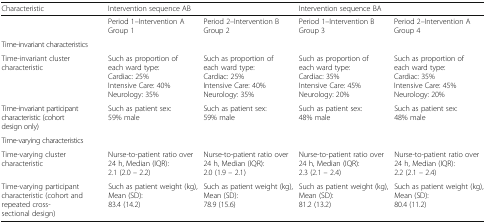
<table><thead><tr><td><b>Characteristic</b></td><td colspan="2"><b>Intervention sequence AB</b></td><td colspan="2"><b>Intervention sequence BA</b></td></tr></thead><tbody><tr><td></td><td>Period 1–Intervention AGroup 1</td><td>Period 2–Intervention BGroup 2</td><td>Period 1–Intervention BGroup 3</td><td>Period 2–Intervention AGroup 4</td></tr><tr><td colspan="5">Time-invariant characteristics</td></tr><tr><td>Time-invariant cluster characteristic</td><td>Such as proportion of each ward type:Cardiac: 25%Intensive Care: 40%Neurology: 35%</td><td>Such as proportion of each ward type:Cardiac: 25%Intensive Care: 40%Neurology: 35%</td><td>Such as proportion of each ward type:Cardiac: 35%Intensive Care: 45%Neurology: 20%</td><td>Such as proportion of each ward type:Cardiac: 35%Intensive Care: 45%Neurology: 20%</td></tr><tr><td>Time-invariant participant characteristic (cohort design only)</td><td>Such as patient sex:59% male</td><td>Such as patient sex:59% male</td><td>Such as patient sex:48% male</td><td>Such as patient sex:48% male</td></tr><tr><td colspan="5">Time-varying characteristics</td></tr><tr><td>Time-varying cluster characteristic</td><td>Nurse-to-patient ratio over 24 h, Median (IQR):2.1 (2.0 – 2.2)</td><td>Nurse-to-patient ratio over 24 h, Median (IQR):2.0 (1.9 – 2.1)</td><td>Nurse-to-patient ratio over 24 h, Median (IQR):2.3 (2.1 – 2.4)</td><td>Nurse-to-patient ratio over 24 h, Median (IQR):2.2 (2.1 – 2.4)</td></tr><tr><td>Time-varying participant characteristic (cohort and repeated cross-sectional design)</td><td>Such as patient weight (kg),Mean (SD):83.4 (14.2)</td><td>Such as patient weight (kg),Mean (SD):78.9 (15.6)</td><td>Such as patient weight (kg),Mean (SD):81.2 (13.2)</td><td>Such as patient weight (kg),Mean (SD):80.4 (11.2)</td></tr></tbody></table>